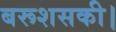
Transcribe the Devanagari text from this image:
बरूशसकी।